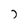
Character: j